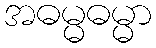
အဓမ္မဓမ္မာ